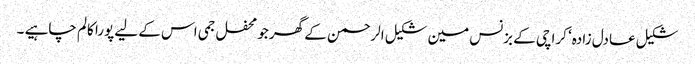
شکیل عادل زادہ‘ کراچی کے بزنس مین شکیل الرحمن کے گھر جو محفل جمی اس کے لیے پورا کالم چاہیے ۔